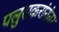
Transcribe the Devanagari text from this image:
पलुसकरांनंतर